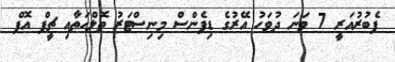
ފެބުރުއަރީ 7 ވަނަ ދުވަހު އޭރުގެ ޑިފެންސް މިނިސްޓަރު ތޮލްހަތާއި ޗީފް އޮފް